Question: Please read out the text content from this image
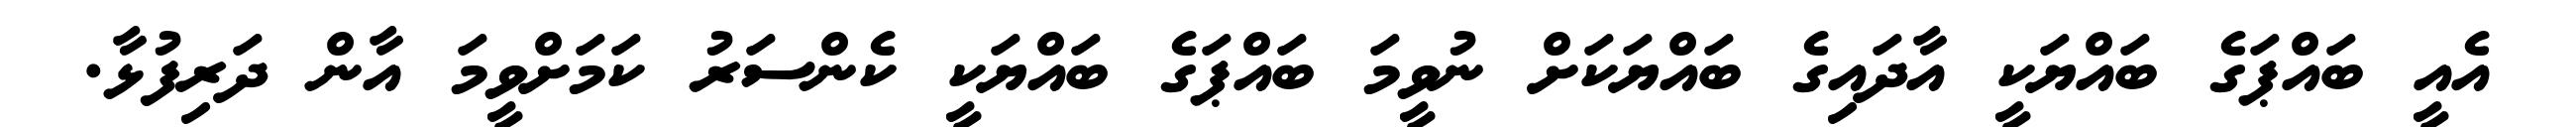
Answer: އެއީ ބައްޕަގެ ބައްޔަކީ އާދައިގެ ބައްޔަކަށް ނުވީމަ ބައްޕަގެ ބައްޔަކީ ކެންސަރު ކަމަށްވީމަ އާން ދަރިފުޅާ.